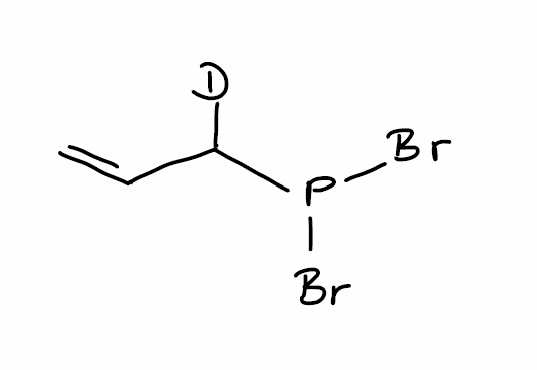
Simplified molecular-input line-entry system (SMILES) notation of the given molecule:
[2H]C(C=C)P(Br)Br